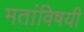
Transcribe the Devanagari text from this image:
मतांविषयी